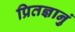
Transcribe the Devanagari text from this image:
प्रितज्ञानुं